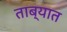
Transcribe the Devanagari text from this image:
ताब्‍यात